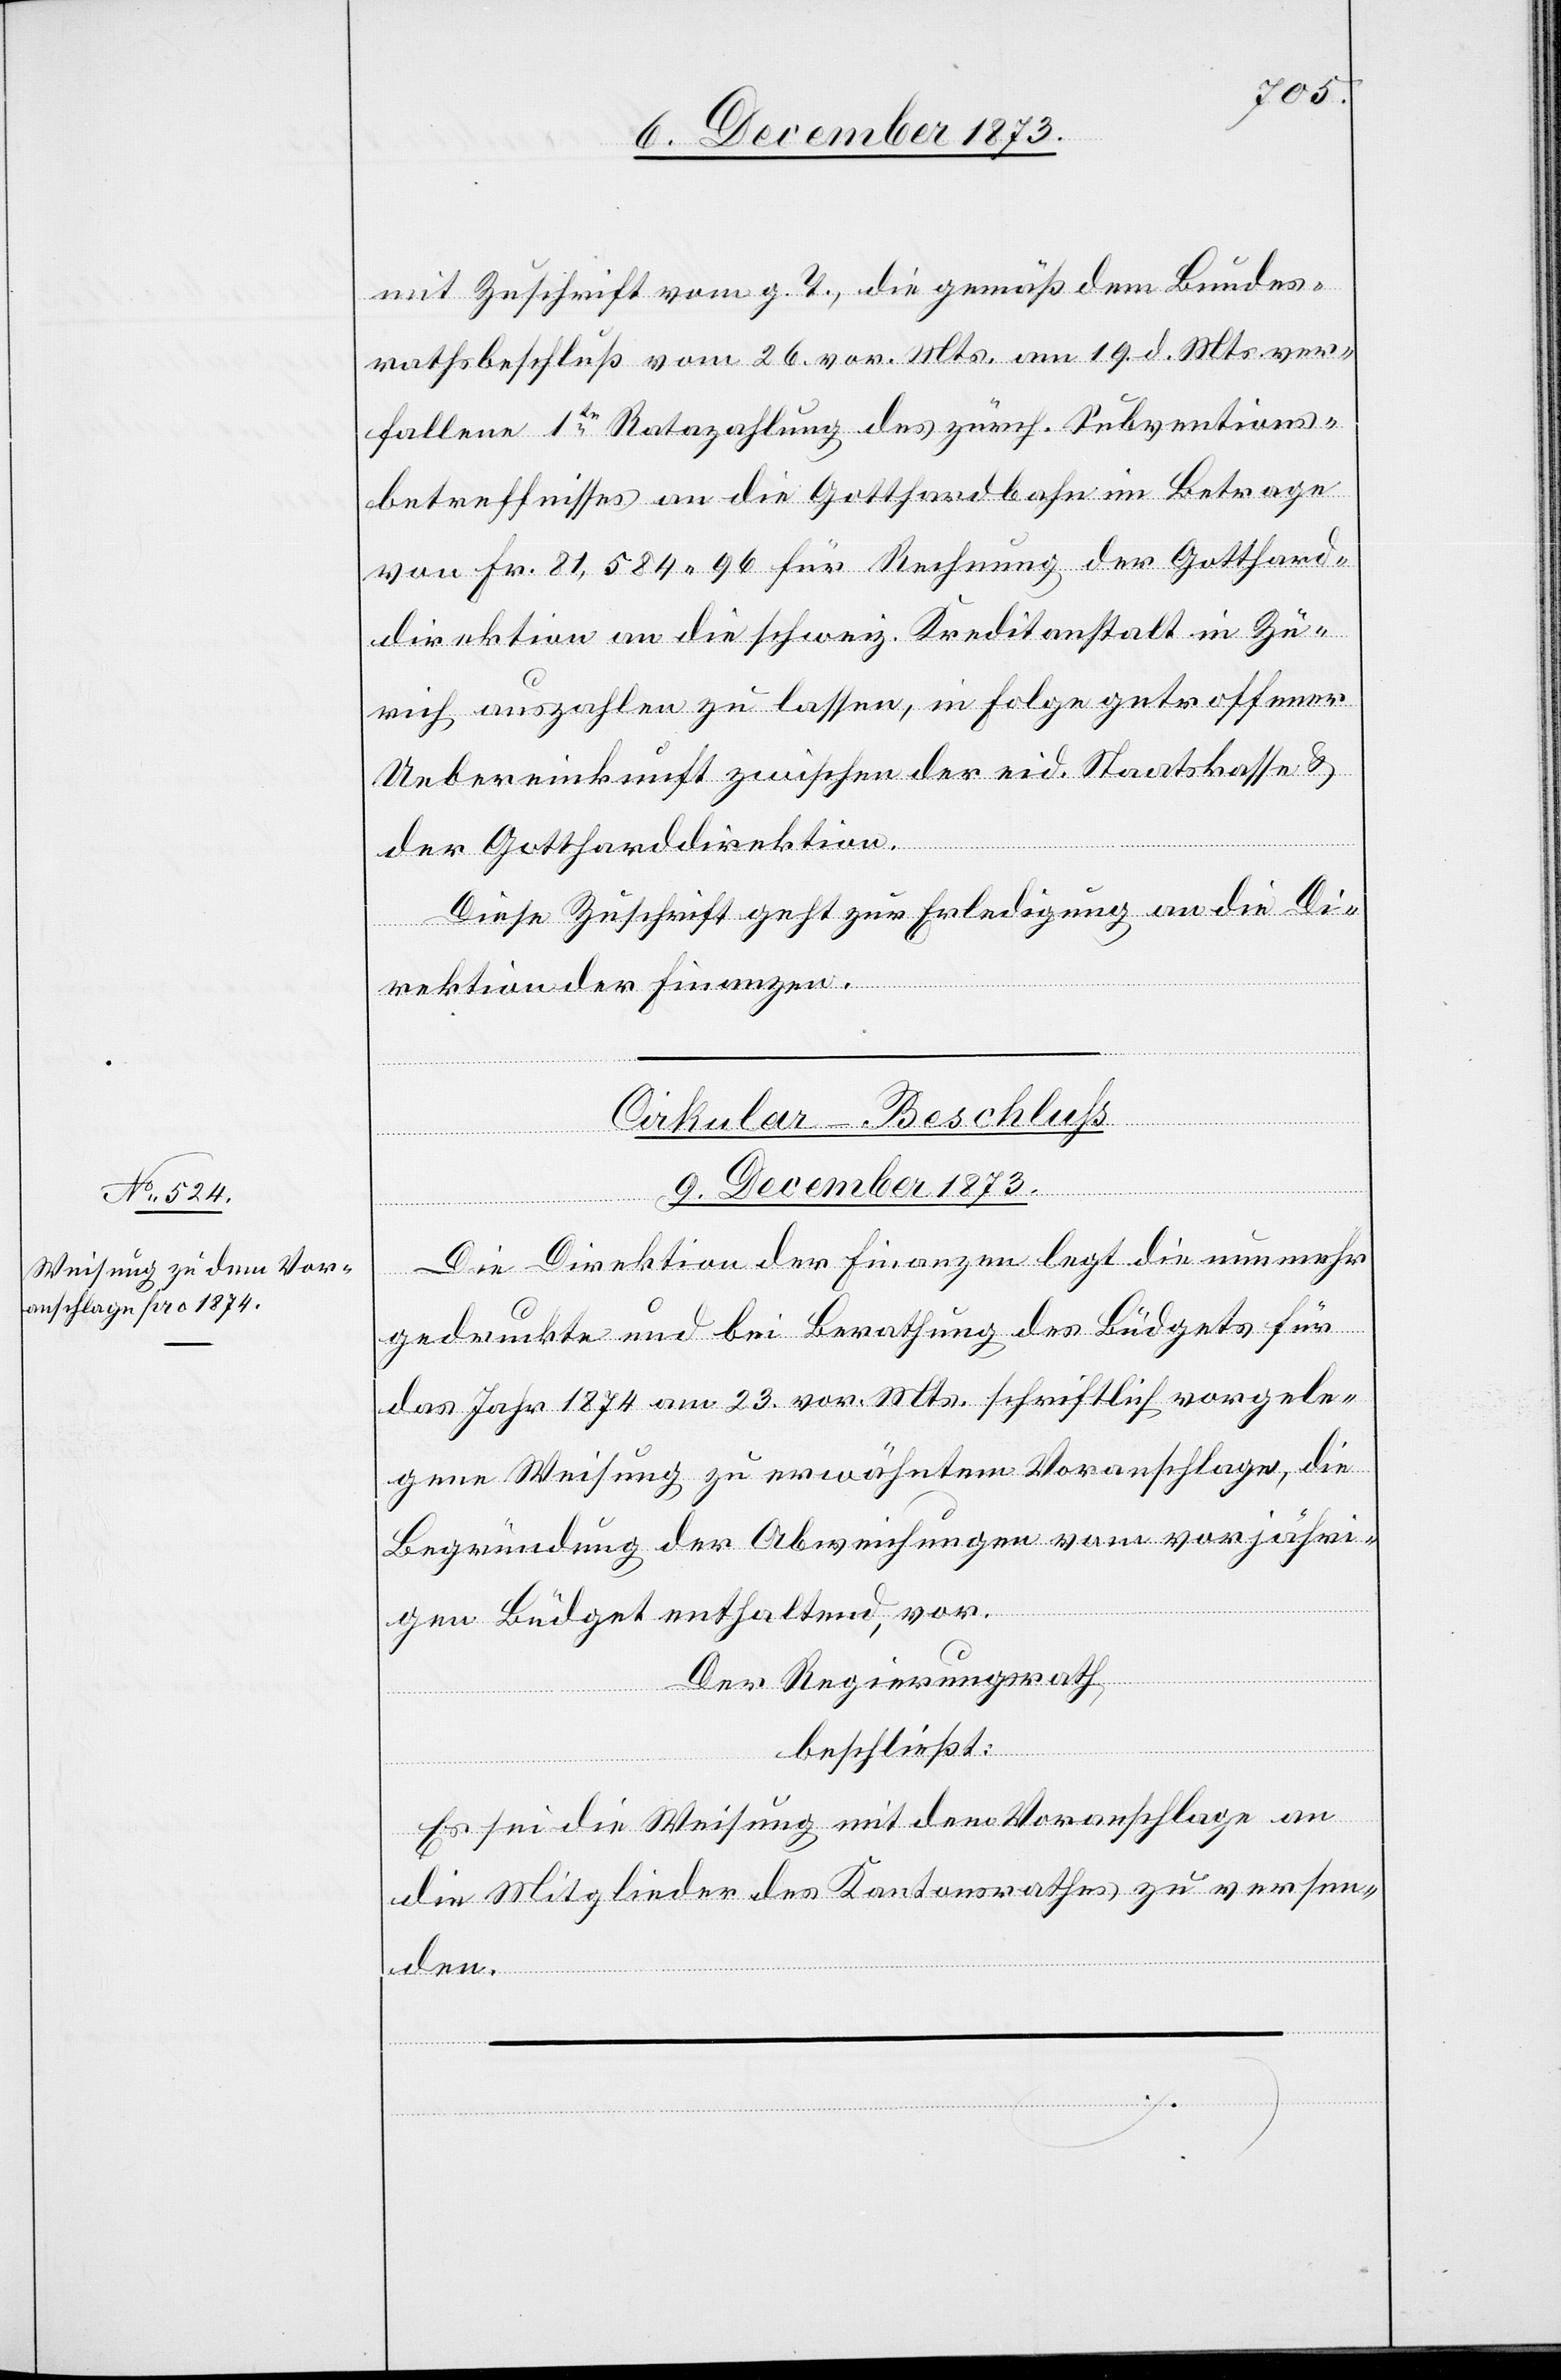
[s¬
ic!] Zuschrift vom g. T., die gemäß dem Bundes¬
rathsbeschluß vom 26. vor. Mts. am 19. d. Mts. ver¬
fallene 1te Ratazahlung des zürch. Subventions¬
betreffnisses an die Gotthardbahn im Betrage
von Fr. 81,584 96 für Rechnung der Gotthard¬
direktion an die schweiz. Kreditanstalt in Zü¬
rich auszahlen zu lassen, in Folge getroffener
Uebereinkunft zwischen der eid. Staatskasse &
der Gottharddirektion.
Diese Zuschrift geht zur Erledigung an die Di¬
rektion der Finanzen.
Cirkular-Beschluss
9. December 1873.
mit
Die Direktion der Finanzen legt die nunmehr
gedruckte und bei Berathung des Büdgets für
das Jahr 1874 am 23. vor. Mts. schriftlich vorgele¬
gene Weisung zu erwähntem Voranschlage, die
Begründung der Abweichungen vom vorjähr¬
igen Büdget enthaltend, vor.
Der Regierungsrath
beschließt:
Es sei die Weisung mit dem Voranschlage an
die Mitglieder des Kantonsrathes zu versen¬
den.